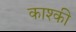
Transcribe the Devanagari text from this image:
काश्की